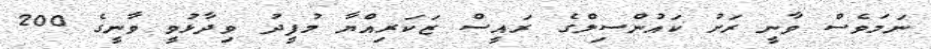
ނަމަވެސް ވާނީ ރަށު ކައުންސިލްގެ ރައީސް ޒަކަރިއްޔާ މުފީދު ވިދާޅުވީ ވާނީގެ 200